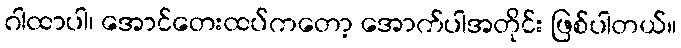
ဂါထာပါ၊ အောင်တေးထပ်ကတော့ အောက်ပါအတိုင်း ဖြစ်ပါတယ်။